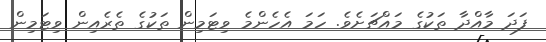
ފަދަ މާއްދާ ތަކުގެ މައްޗަށެވެ. ހަމަ އެހެންމެ ވިޓަމިން ތަކުގެ ތެރެއިން ވިޓަމިން